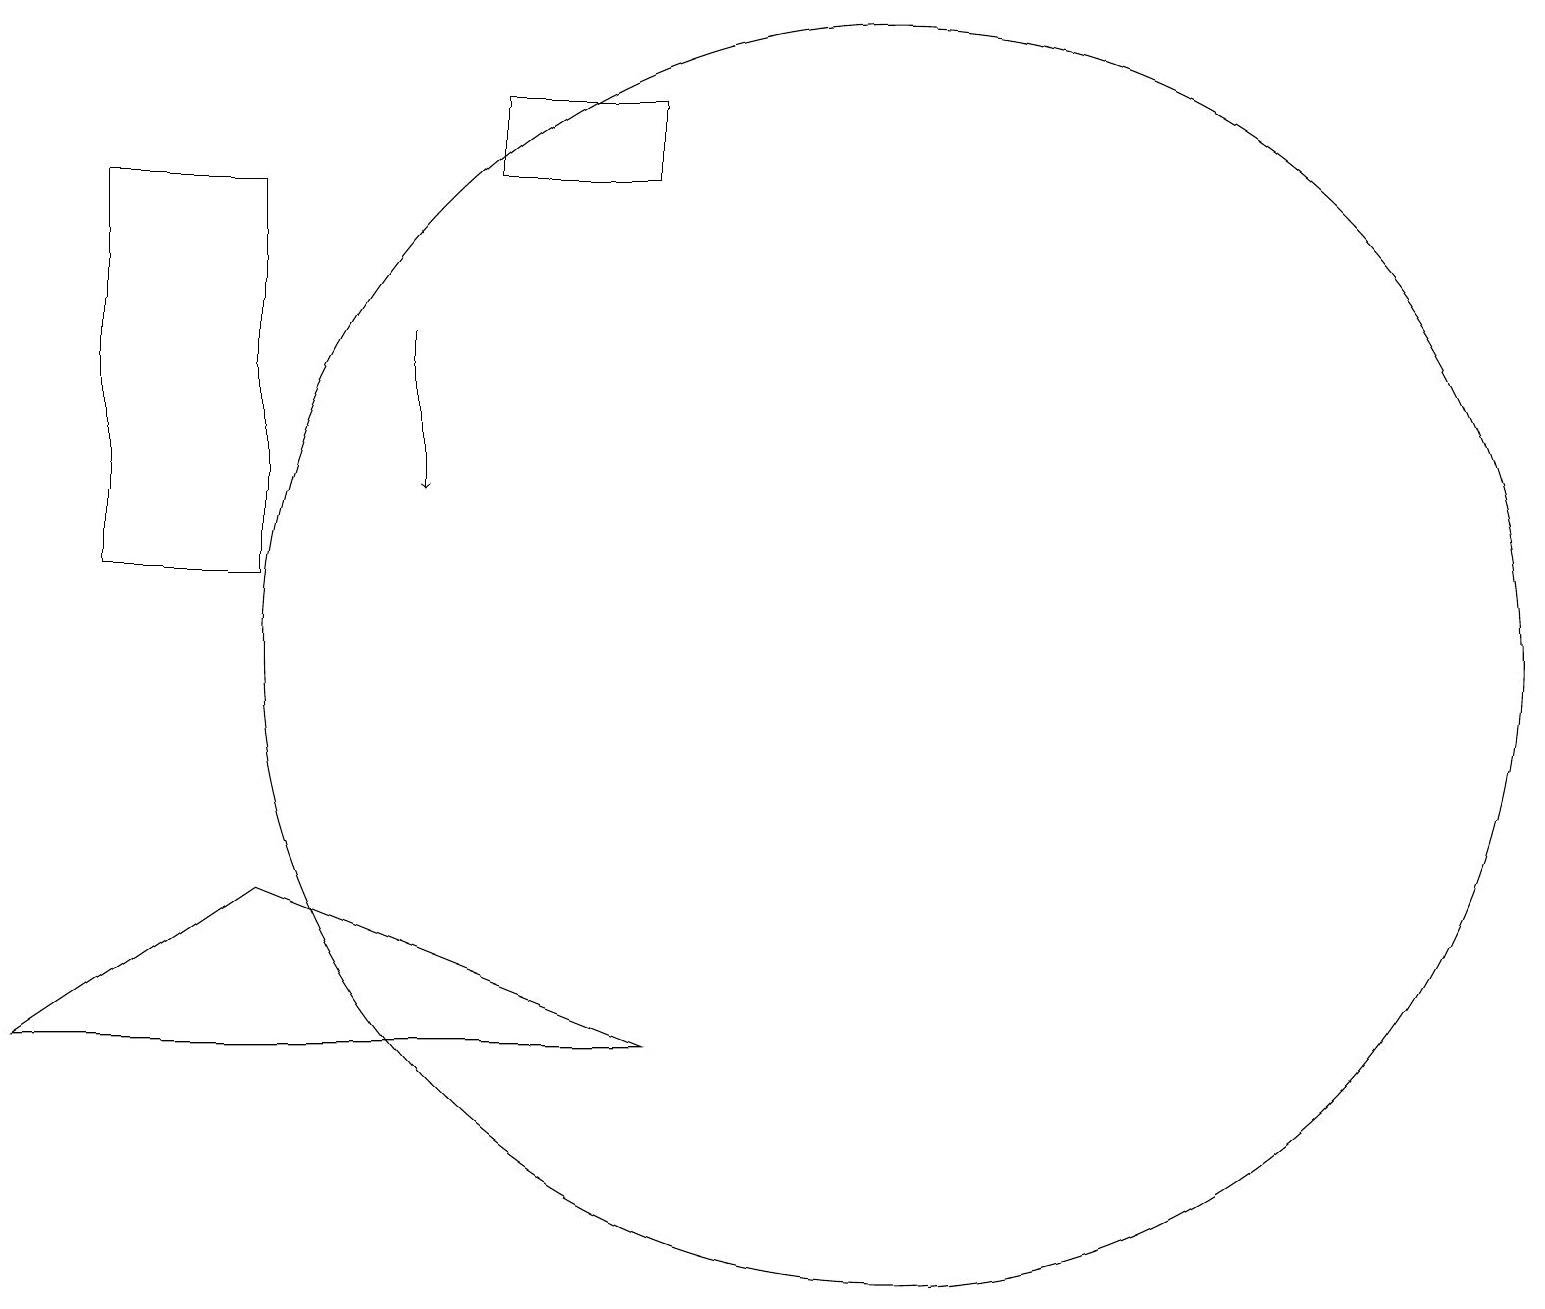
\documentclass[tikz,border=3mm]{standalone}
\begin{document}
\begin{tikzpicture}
\draw (11,11) circle (8);
\draw[->] (5,15) -- (5,13);
\draw (0,6) -- (3,8) -- (8,6) -- cycle;
\draw (6,18) rectangle (8,17);
\draw (1,12) rectangle (3,17);
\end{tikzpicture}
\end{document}